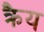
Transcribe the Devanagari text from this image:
क्रैय